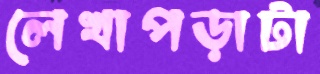
লেখাপড়াটা